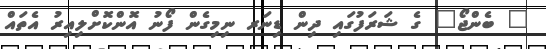
" ބެންޖޯ" ގެ ޝަރަފުގައި ދިން ޑިނަރ ނިމިގެން ފޯނު އޮންކޮށްލިއިރު އެތައް